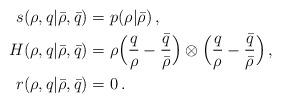
LaTeX: \begin{align*}\begin{aligned}s ( \rho, q | \bar \rho , \bar q) &= p (\rho | \bar \rho) \, ,\\H ( \rho, q | \bar \rho , \bar q) &= \rho \Big ( \frac{q}{\rho} - \frac{\bar q}{\bar \rho} \Big ) \otimes \Big ( \frac{q}{\rho} - \frac{\bar q}{\bar \rho} \Big ) \, , \\ r ( \rho, q | \bar \rho , \bar q) &= 0\, . \end{aligned}\end{align*}